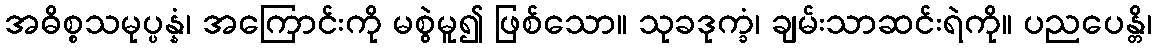
အဓိစ္စသမုပ္ပန္နံ၊ အကြောင်းကို မစွဲမူ၍ ဖြစ်သော။ သုခဒုက္ခံ၊ ချမ်းသာဆင်းရဲကို။ ပညပေန္တိ၊